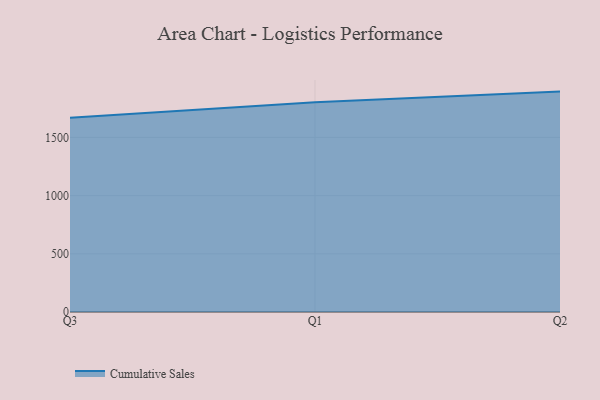
{"axis": {"x": "Quarter", "y": "Population (Million)"}, "legend": ["Cumulative Sales"], "data": [{"x": "Q3", "y": 1668.5, "type": "Cumulative Sales"}, {"x": "Q1", "y": 1801.7, "type": "Cumulative Sales"}, {"x": "Q2", "y": 1893.7, "type": "Cumulative Sales"}]}